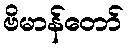
ဗိမာန်တော်